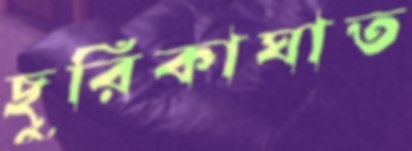
ছুরিকাঘাত